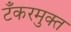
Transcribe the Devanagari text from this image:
टँकरमुक्त